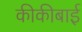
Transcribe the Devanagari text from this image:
कीकीबाई